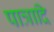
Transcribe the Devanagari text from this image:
पात्रादि